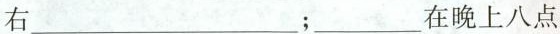
右___；___在晚上八点